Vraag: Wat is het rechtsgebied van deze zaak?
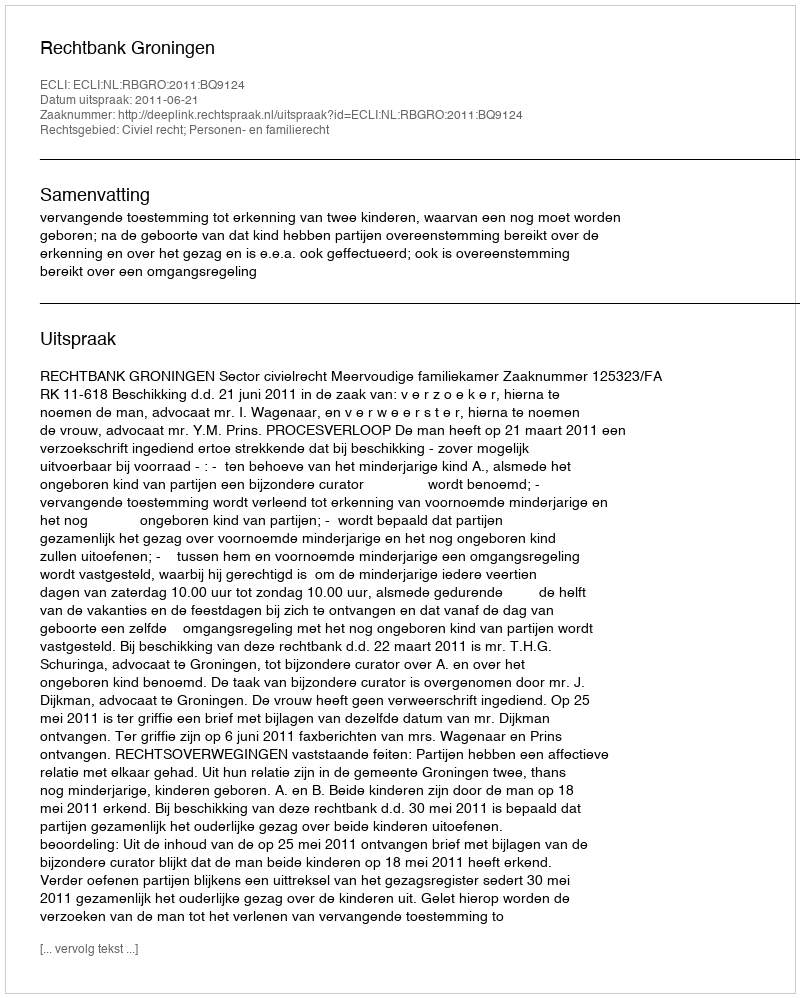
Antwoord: Civiel recht; Personen- en familierecht